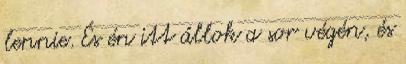
lennie. És én itt állok a sor végén, és